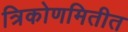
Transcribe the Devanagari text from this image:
त्रिकोणमितीत